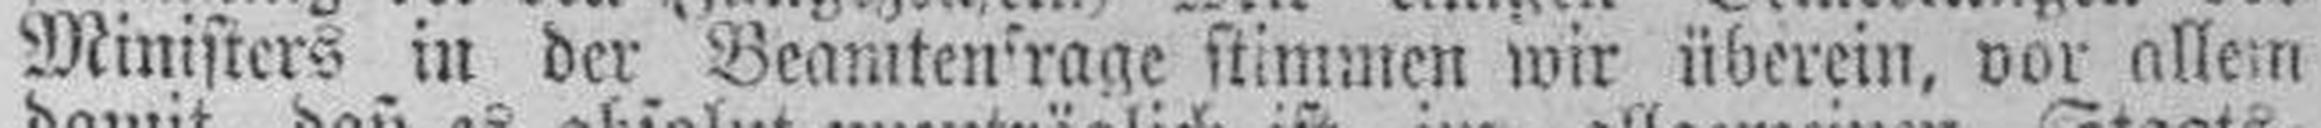
Ministers in der Beamten'rage stimmen wir überein, vor allem